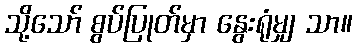
သို့သော် စွပ်ပြုတ်မှာ နွေးရုံမျှ သာ။